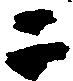
二